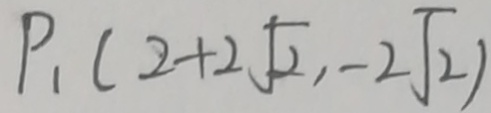
P _ { 1 } ( 2 + 2 \sqrt { 2 } , - 2 \sqrt { 2 } )